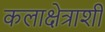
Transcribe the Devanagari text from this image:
कलाक्षेत्राशी